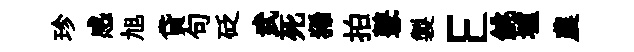
珍感旭貸句砭武死狶拍鼕製E銚壚農